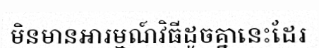
មិនមានអារម្មណ៍វិធីដូចគ្នានេះដែរ